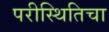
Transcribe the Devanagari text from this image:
परीस्थितिचा